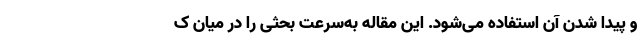
و پیدا شدن آن استفاده می‌شود. این مقاله به‌سرعت بحثی را در میان ک